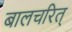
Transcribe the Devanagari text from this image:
बालचरित्‌